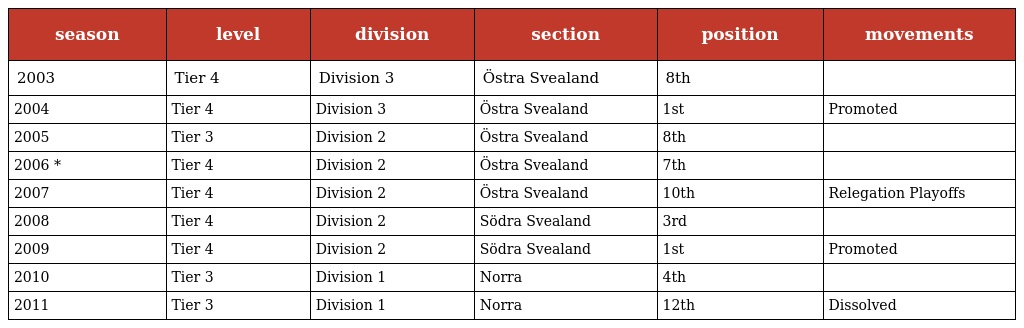
| season | level | division | section | position | movements |
 | --- | --- | --- | --- | --- | --- |
 | 2003 | Tier 4 | Division 3 | Östra Svealand | 8th |  |
 | 2004 | Tier 4 | Division 3 | Östra Svealand | 1st | Promoted |
 | 2005 | Tier 3 | Division 2 | Östra Svealand | 8th |  |
 | 2006 * | Tier 4 | Division 2 | Östra Svealand | 7th |  |
 | 2007 | Tier 4 | Division 2 | Östra Svealand | 10th | Relegation Playoffs |
 | 2008 | Tier 4 | Division 2 | Södra Svealand | 3rd |  |
 | 2009 | Tier 4 | Division 2 | Södra Svealand | 1st | Promoted |
 | 2010 | Tier 3 | Division 1 | Norra | 4th |  |
 | 2011 | Tier 3 | Division 1 | Norra | 12th | Dissolved |